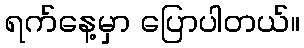
ရက်နေ့မှာ ပြောပါတယ်။